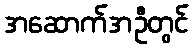
အဆောက်အဦတွင်